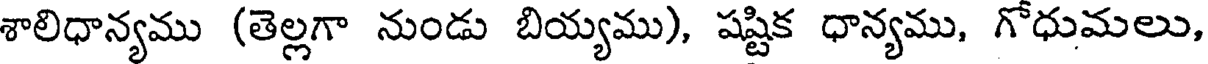
శాలిధాన్యము (తెల్లగా నుండు బియ్యము), షష్టిక ధాన్యము, గోధుమలు,